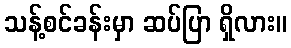
သန့်စင်ခန်းမှာ ဆပ်ပြာ ရှိလား။